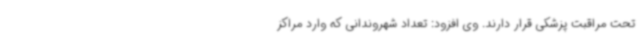
تحت مراقبت پزشکی قرار دارند. وی افزود: تعداد شهروندانی که وارد مراکز